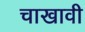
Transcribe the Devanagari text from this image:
चाखावी